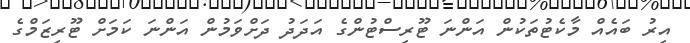
އިރު ބައެއް މާކެޓުތަކުން އަންނަ ޓޫރިސްޓުންގެ އަދަދު ދަށްވަމުން އަންނަ ކަމަށް ޓޫރިޒަމްގެ